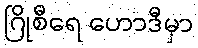
ဂြိုစီရေ ဟောဒီမှာ